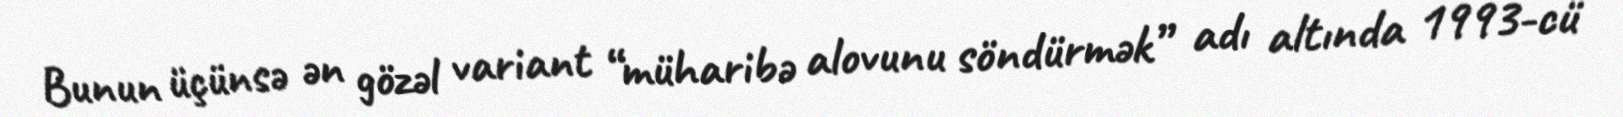
Bunun üçünsə ən gözəl variant “müharibə alovunu söndürmək” adı altında 1993-cü